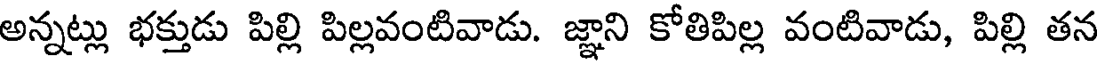
అన్నట్లు భక్తుడు పిల్లి పిల్లవంటివాడు. జ్ఞాని కోతిపిల్ల వంటివాడు, పిల్లి తన